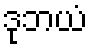
ဒုဘယံ